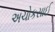
અચોકસાઈ